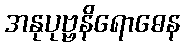
အနုပုဗ္ဗနိရောဓေန